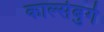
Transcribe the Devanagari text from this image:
कार्ल्सबुर्ग